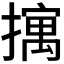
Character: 𫾆